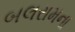
બલરામના